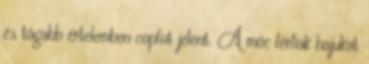
és tágabb értelemben copfot jelent. A móc férfiak hajukat